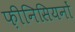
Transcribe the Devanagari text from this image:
फ़ीनिसियनों